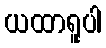
ယထာရူပါ